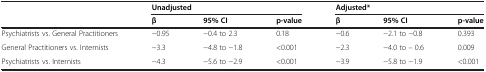
<table><thead><tr><td><b> </b></td><td colspan="3"><b>Unadjusted</b></td><td colspan="3"><b>Adjusted*</b></td></tr><tr><td><b> </b></td><td><b>β</b></td><td><b>95% CI</b></td><td><b>p-value</b></td><td><b>β</b></td><td><b>95% CI</b></td><td><b>p-value</b></td></tr></thead><tbody><tr><td>Psychiatrists vs. General Practitioners</td><td>−0.95</td><td>−0.4 to 2.3</td><td>0.18</td><td>−0.6</td><td>−2.1 to −0.8</td><td>0.393</td></tr><tr><td>General Practitioners vs. Internists</td><td>−3.3</td><td>−4.8 to −1.8</td><td>&lt;0.001</td><td>−2.3</td><td>−4.0 to – 0.6</td><td>0.009</td></tr><tr><td>Psychiatrists vs. Internists</td><td>−4.3</td><td>−5.6 to −2.9</td><td>&lt;0.001</td><td>−3.9</td><td>−5.8 to −1.9</td><td>&lt;0.001</td></tr></tbody></table>